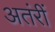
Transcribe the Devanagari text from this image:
अतंरीं